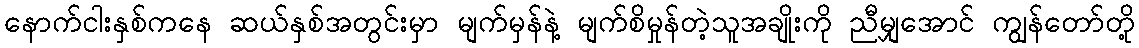
နောက်ငါးနှစ်ကနေ ဆယ်နှစ်အတွင်းမှာ မျက်မှန်နဲ့ မျက်စိမှုန်တဲ့သူအချိုးကို ညီမျှအောင် ကျွန်တော်တို့